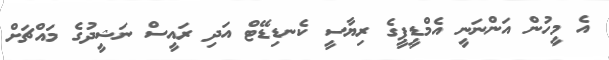
އެ މީހުން އަންނަނީ އެމްޑީޕީގެ ރިޔާސީ ކެނޑިޑޭޓް އަދި ރައީސް ނަޝީދުގެ މައްޗަށް